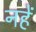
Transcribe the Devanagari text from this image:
नहें